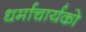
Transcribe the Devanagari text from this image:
धर्माचार्यको